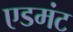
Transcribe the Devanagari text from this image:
एडमंट